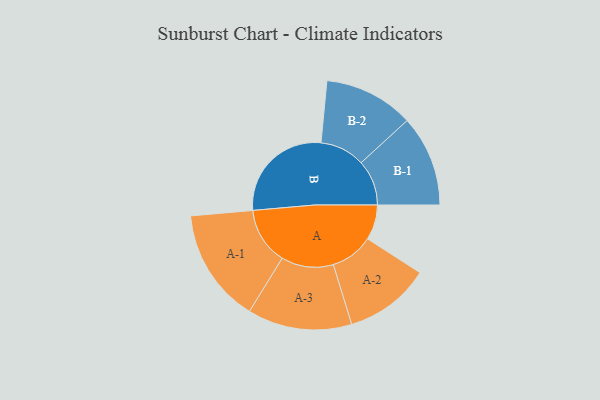
{"axis": {"x": "Segment", "y": "Value"}, "legend": ["", "A", "B"], "data": [{"x": "A", "y": 121, "type": ""}, {"x": "B", "y": 371, "type": ""}, {"x": "A-1", "y": 197, "type": "A"}, {"x": "A-2", "y": 148, "type": "A"}, {"x": "A-3", "y": 180, "type": "A"}, {"x": "B-1", "y": 157, "type": "B"}, {"x": "B-2", "y": 155, "type": "B"}]}